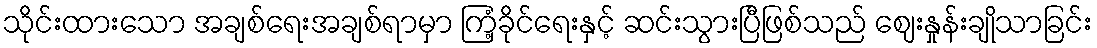
သိုင်းထားသော အချစ်ရေးအချစ်ရာမှာ ကြံ့ခိုင်ရေးနှင့် ဆင်းသွားပြီဖြစ်သည် ဈေးနှုန်းချိုသာခြင်း